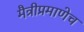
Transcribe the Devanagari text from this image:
मैत्रीप्रमाणेच